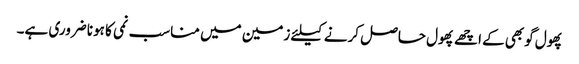
پھول گوبھی کے اچھے پھول حاصل کرنے کیلئے زمین میں مناسب نمی کا ہونا ضروری ہے۔